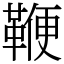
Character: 鞭